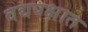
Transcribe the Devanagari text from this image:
वद्यपक्षात